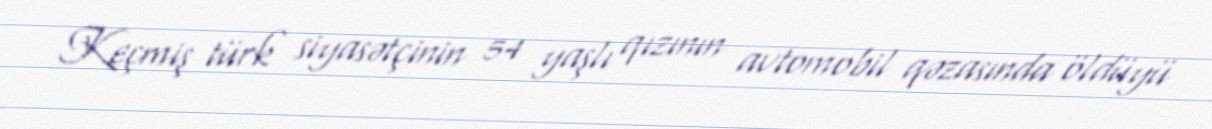
Keçmiş türk siyasətçinin 54 yaşlı qızının avtomobil qəzasında öldüyü